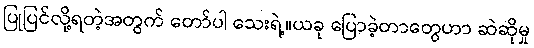
ပြုပြင်လို့ရတဲ့အတွက် တော်ပါ သေးရဲ့။ယခု ပြောခဲ့တာတွေဟာ ဆဲဆိုမှု